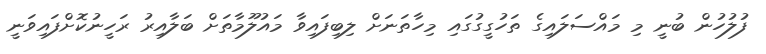
ފުލުހުން ބުނީ މި މައްސަލައިގެ ތަހުގީގުގައި މިހާތަނަށް ލިބިފައިވާ މައުލޫމާތަށް ބަލާއިރު ރަހީނުކޮށްފައިވަނީ